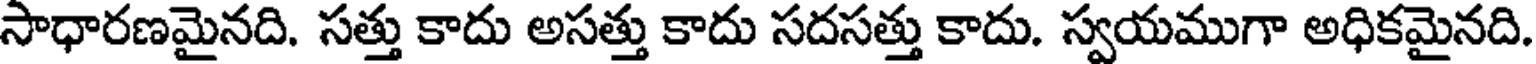
సాధారణమైనది. సత్తు కాదు అసత్తు కాదు సదసత్తు కాదు. స్వయముగా అధికమైనది.